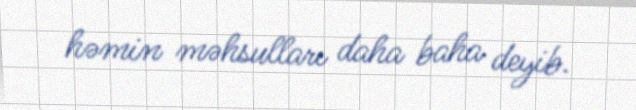
həmin məhsulları daha baha deyib.